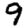
Digit: 9